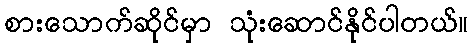
စားသောက်ဆိုင်မှာ သုံးဆောင်နိုင်ပါတယ်။